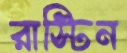
রাস্টিন